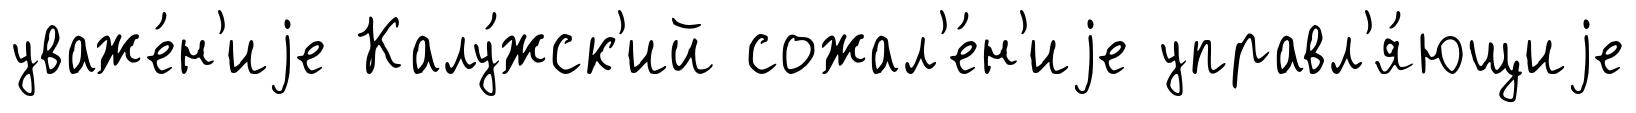
уваже́н'иjе Калу́жск'ий сожал'е́н'иjе управл'я́ющиjе